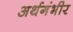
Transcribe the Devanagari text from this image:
अर्थगंभीर